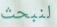
لنبحث